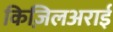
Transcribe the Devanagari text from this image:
किज़िलअराई